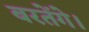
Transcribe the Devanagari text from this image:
बरतेंगे।